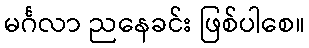
မင်္ဂလာ ညနေခင်း ဖြစ်ပါစေ။